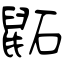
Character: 鼫